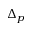
\Delta _ { p }